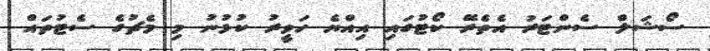
ސޯޝަލް ސެންޓަރު އެތެރޭ ކޯޓުގައި އިއްޔެ ހަވީރު ކުޅުނު މި މެޗުގެ ސެޓުތައް